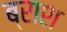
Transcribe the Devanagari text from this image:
ब्राश